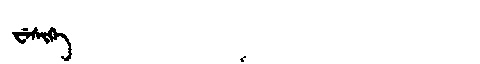
Manchu: ᠸᡝᠰᡳᡴᡝ
Romanization: WESIKE